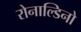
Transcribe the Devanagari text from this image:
रोनाल्डिनो